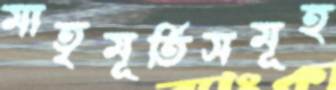
মাতৃমূর্তিসমূহ